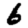
Digit: 6